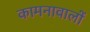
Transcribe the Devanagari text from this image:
कामनावालों